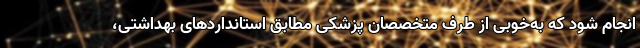
انجام شود که به‌خوبی از طرف متخصصان پزشکی مطابق استانداردهای بهداشتی،